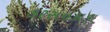
કરસનકાકા